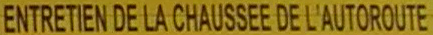
ENTRETIEN DE LA CHAUS